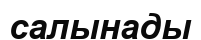
салынады